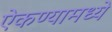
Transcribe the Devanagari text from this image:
ऐकण्यामध्ये